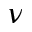
\nu